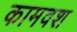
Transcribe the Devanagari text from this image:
कामवश